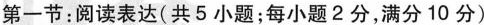
第一节：阅读表达(共5 小题；每小题2分，满分10 分)